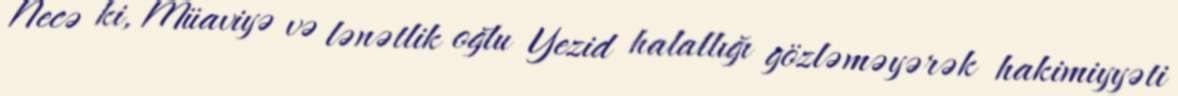
Necə ki, Müaviyə və lənətlik oğlu Yezid halallığı gözləməyərək hakimiyyəti